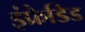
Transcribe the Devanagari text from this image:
इंफ्रेडिड